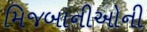
મિજબાનીઓની